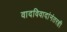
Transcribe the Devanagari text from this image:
वादविवादांनंतरही